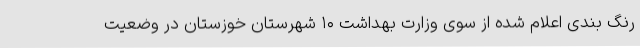
رنگ بندی اعلام شده از سوی وزارت بهداشت ۱۰ شهرستان خوزستان در وضعیت